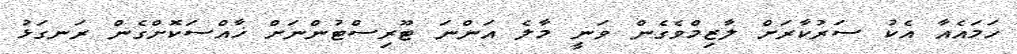
ހަމައެއާ އެކު ސަރުކާރަށް ލާޒިމްވެގެން ވަނީ މާލެ އަންނަ ޓޫރިސްޓުންނަށް ޚާއްސަކޮށްގެން ރަނގަޅު